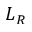
L _ { R }